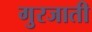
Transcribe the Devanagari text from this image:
गुरजाती